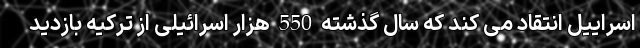
اسراییل انتقاد می کند که سال گذشته 550 هزار اسرائیلی از ترکیه بازدید